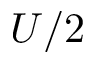
U / 2